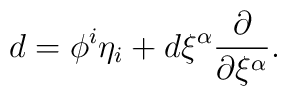
d = \phi^i \eta_i + d\xi^{\alpha} \frac{\partial}{\partial \xi^{\alpha}}.